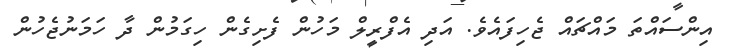
އިންސައްތަ މައްޗައް ޖެހިފައެވެ. އަދި އެފްރީލް މަހުން ފެށިގެން ހިގަމުން ދާ ހަމަނުޖެހުން